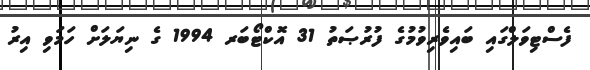
ފެސްޓިވަލްގައި ބައިވެރިވުމުގެ ފުރުޞަތު 31 އޮކްޓޯބަރ 1994 ގެ ނިޔަލަށް ހަމަވި އިރު